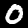
Digit: 0